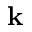
\mathbf { k }